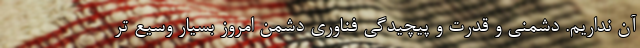
آن نداریم. دشمنی و قدرت و پیچیدگی فناوری دشمن امروز بسیار وسیع تر